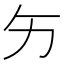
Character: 𱐩